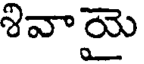
శివాయై